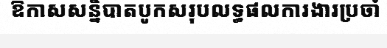
ឱកាសសន្និបាតបូកសរុបលទ្ធផលការងារប្រចាំ